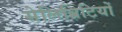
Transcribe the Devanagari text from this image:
सेलिब्रिटियों